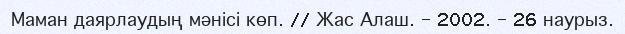
Маман даярлаудың мәнісі көп. // Жас Алаш. – 2002. – 26 наурыз.